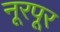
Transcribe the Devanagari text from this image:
नूरपूर